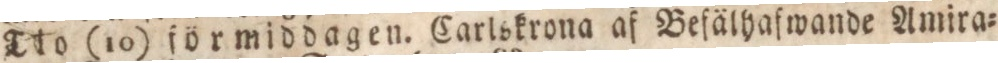
Tro (10) förmiddagen. Carlskrona af Befälhafwande Amira=